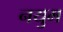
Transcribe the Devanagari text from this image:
नयुम